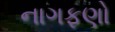
નાગફણો